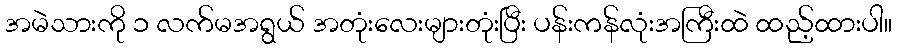
အမဲသားကို ၁ လက်မအရွယ် အတုံးလေးများတုံးပြီး ပန်းကန်လုံးအကြီးထဲ ထည့်ထားပါ။